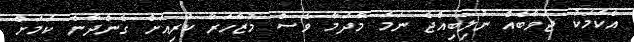
އެކަމަކު ޖަވާބެއް ނުލިބިއްޖެ ނަމަ މާދަމާ ވެސް މުޒާހަރާ ކުރިއަށް ގެންދާނެ ކަމަށް